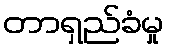
တာရှည်ခံမှု